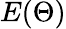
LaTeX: E(\Theta)